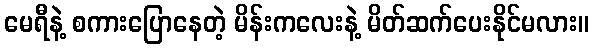
မေရီနဲ့ စကားပြောနေတဲ့ မိန်းကလေးနဲ့ မိတ်ဆက်ပေးနိုင်မလား။